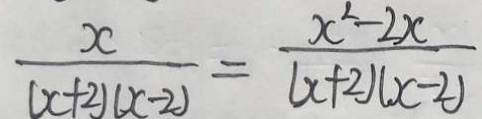
\frac { x } { ( x + 2 ) ( x - 2 ) } = \frac { x ^ { 2 } - 2 x } { ( x + 2 ) ( x - 2 ) }